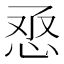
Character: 𢙎